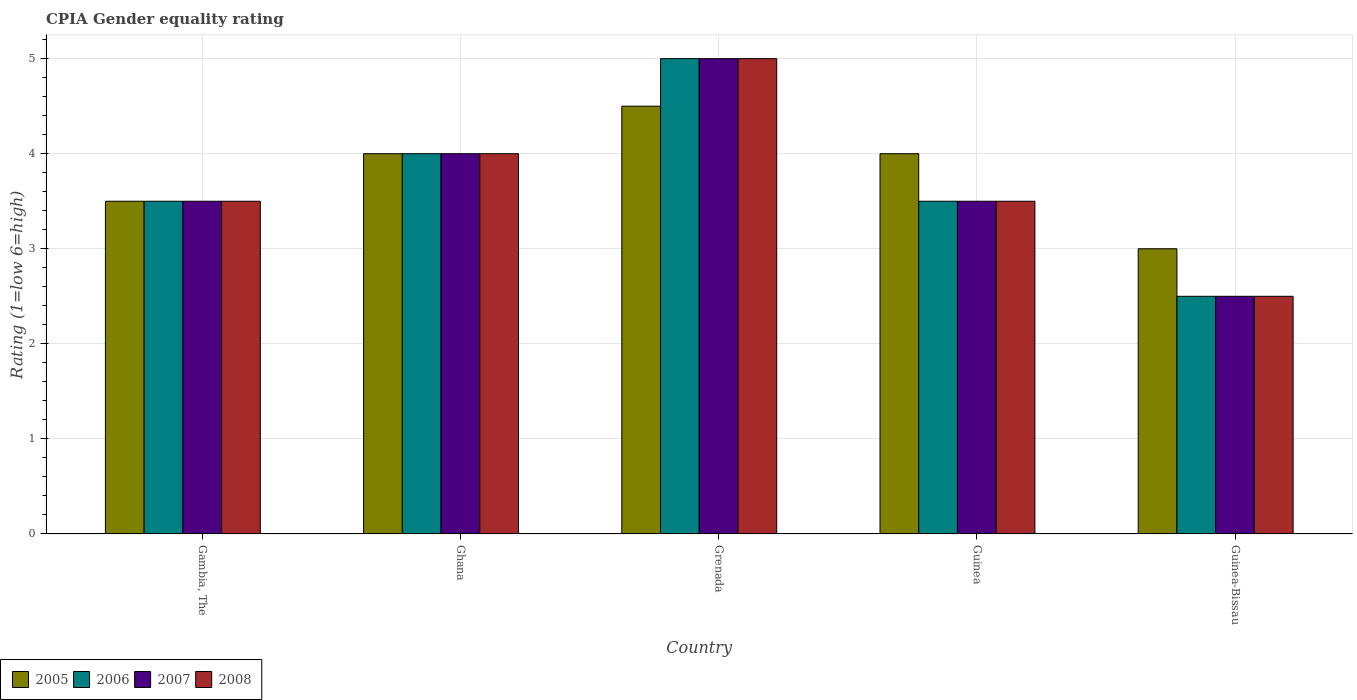
| Country | 2005 | 2006 | 2007 | 2008 |
 | --- | --- | --- | --- | --- |
 | Gambia, The | 3.5 | 3.5 | 3.5 | 3.5 |
 | Ghana | 4 | 4 | 4 | 4 |
 | Grenada | 4.5 | 5 | 5 | 5 |
 | Guinea | 4 | 3.5 | 3.5 | 3.5 |
 | Guinea-Bissau | 3 | 2.5 | 2.5 | 2.5 |